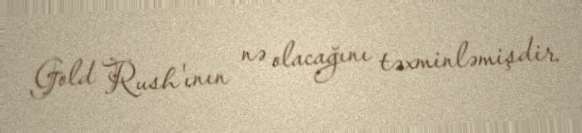
Gold Rush'ının nə olacağını təxminləmişdir.